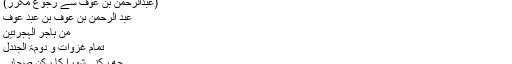
عبد الرحمن بن عوف - ویکی شیعہ
(عبدالرحمن بن عوف سے رجوع مکرر)
عبد الرحمن بن عوف بن عبد عوف
من ہاجر الہجرتین
تمام غزوات و دومۃ الجندل
چھ رکنی شورا کا رکن صحابی
عبدالرحمن بن عوف (متوفا سال ۳۲ ہجری قمری۳۲ق) پیامبر اکرمؐ کا صحابی اور عمر بن خطاب کی بنائی گئی شورای کا رکن تھا۔